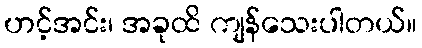
ဟင့်အင်း၊ အခုထိ ကျန်သေးပါတယ်။